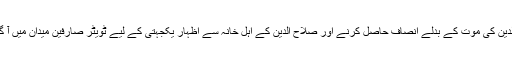
صلاح الدین کی موت کے بدلے انصاف حاصل کرنے اور صلاح الدین کے اہل خانہ سے اظہار یکجہتی کے لیے ٹویٹر صارفین میدان میں آ گئے ہیں۔